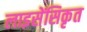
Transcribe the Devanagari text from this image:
लाइसेंसिकृत